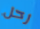
رحل